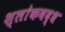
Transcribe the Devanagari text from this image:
श्लाेकबद्ध